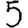
Digit: 5